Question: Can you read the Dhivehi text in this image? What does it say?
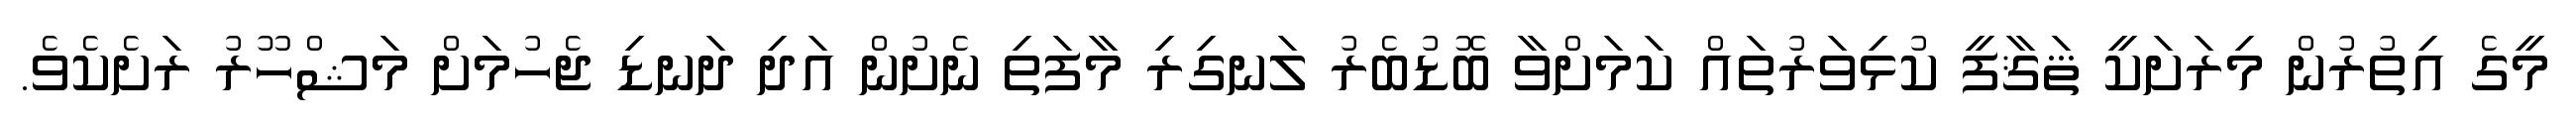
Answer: މީގެ އިތުރުން މިރަށަކީ ޘަޤާފީ ކުޅިވަރުތައް ކަމަށްވާ ބޮޑުބެރު ލަނގިރި މާފަތި ނެށުން އަދި ދަނޑި ޖެހުމަށް މަޝްހޫރު ރަށެކެވެ.